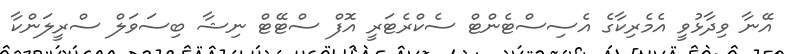
އޭނާ ވިދާޅުވީ އެމެރިކާގެ އެސިސްޓެންޓް ސެކްރެޓަރީ އޮފް ސްޓޭޓް ނިޝާ ބިސަވަލް ސްރީލަންކާ